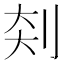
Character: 𪟃